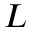
L